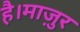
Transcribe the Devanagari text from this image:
है।माज़ुर